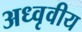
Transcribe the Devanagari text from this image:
अध्वृवीय